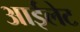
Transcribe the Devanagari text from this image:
आईलेट